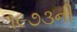
૧૯૭૩ની